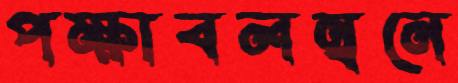
পক্ষাবলম্বনে